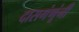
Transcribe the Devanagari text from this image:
दासगंणूंनी